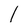
Character: l